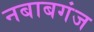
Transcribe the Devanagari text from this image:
नबाबगंज